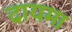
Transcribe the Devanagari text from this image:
दायमा